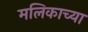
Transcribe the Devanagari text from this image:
मलिकाच्या